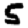
Digit: 5